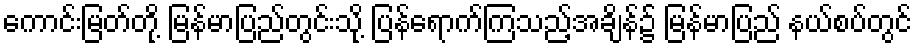
ကောင်းမြတ်တို့ မြန်မာပြည်တွင်းသို့ ပြန်ရောက်ကြသည့်အချိန်၌ မြန်မာပြည် နယ်စပ်တွင်